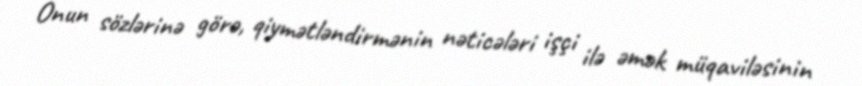
Onun sözlərinə görə, qiymətləndirmənin nəticələri işçi ilə əmək müqaviləsinin